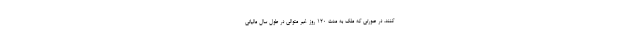
کنند. در صورتی که ملک به مدت ۱۲۰ روز غیر متوالی در طول سال مالیاتی